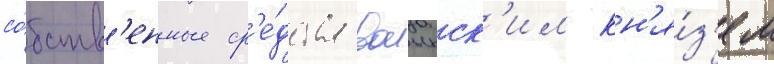
со́бств'енные ср'е́дства волынск'им кн'я́з'ем